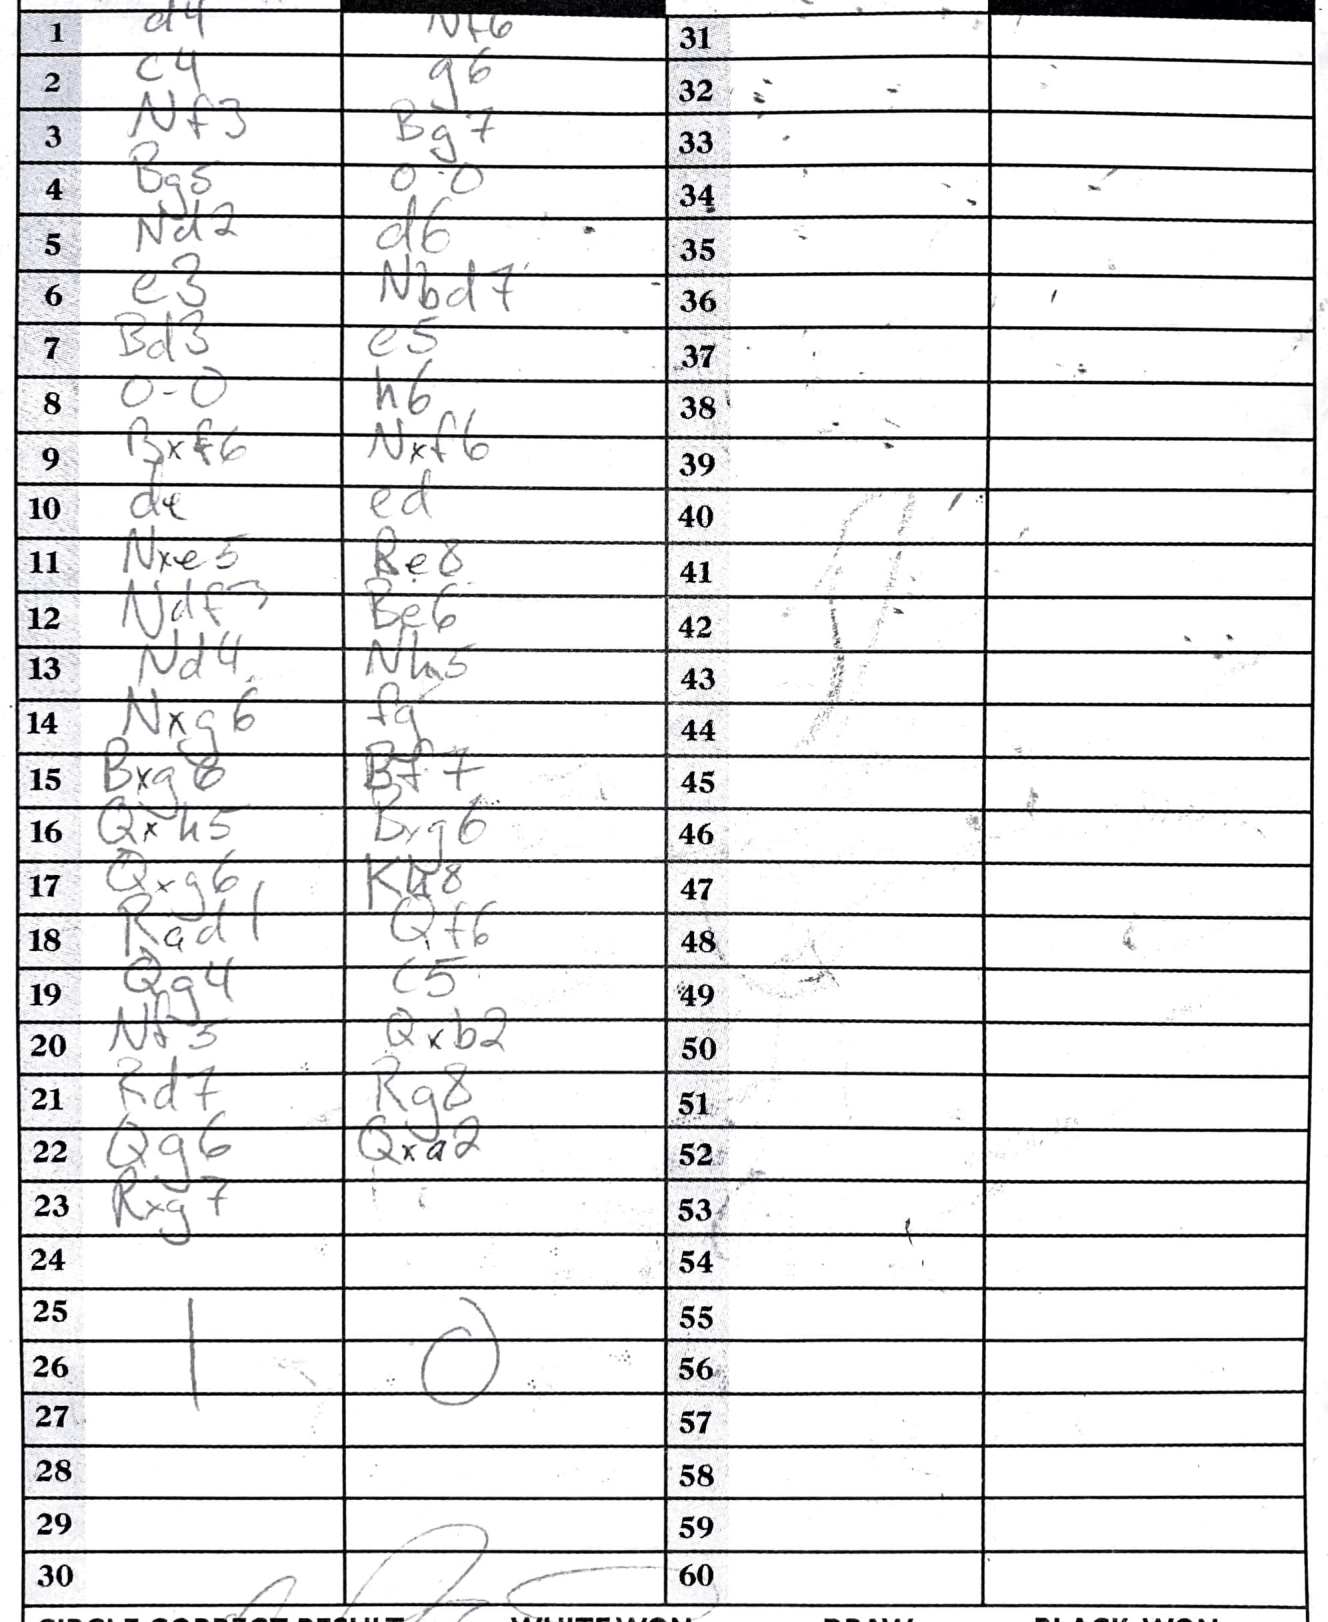
Moves: d4 Nf6 c4 g6 Nf3 Bg7 Bg5 O-O Nd2 d6 e3 Nbd7 Bd3 e5 O-O h6 Bxf6 Nxf6 d4 ed Nxe5 Be8 Ndf3 Be6 Nd4 Nh5 Nxg6 fg Bxg6 Bf+ Qxh5 Bxg6 Qxg6 Kh8 Rad1 Qf6 Qg4 c5 Nf3 Qxb2 Rd7 Rg8 Qg6 Qxa2 Rxg7